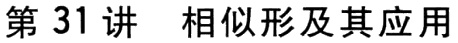
第 31 讲  相似形及其应用